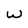
Character: W